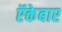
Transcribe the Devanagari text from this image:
ऍकेबार